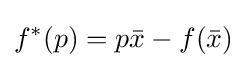
f^{*}(p)=p{\bar {x}}-f({\bar {x}})